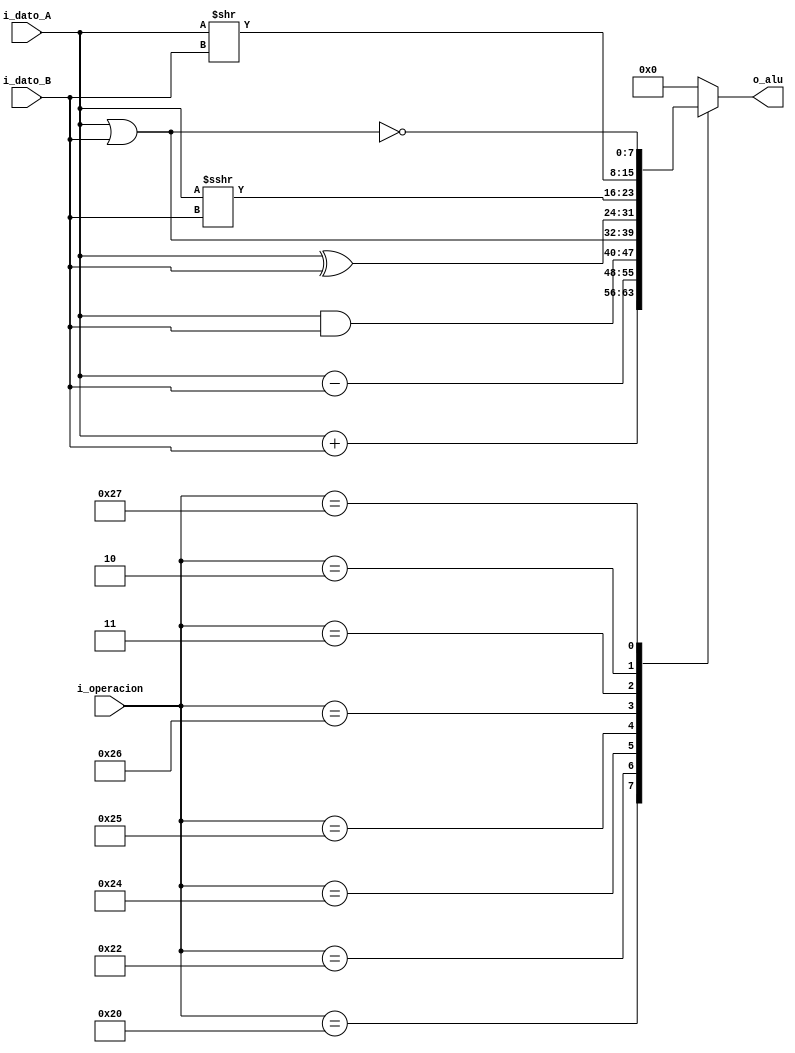
`timescale 1ns / 1ps

module alu#(
	//Parameters
	parameter		N_BITS          = 8
)
(
	//inputs
	input wire [N_BITS-1:0]    i_dato_A,
	input wire [N_BITS-1:0]    i_dato_B,
	input wire [5:0]           i_operacion,
	
	//output
	output reg [N_BITS-1:0]    o_alu
);

    //local parameters	
    localparam ADD = 6'b100000;
    localparam SUB = 6'b100010;
    localparam AND = 6'b100100;
    localparam OR  = 6'b100101;
    localparam XOR = 6'b100110;
    localparam SRA = 6'b000011;
    localparam SRL = 6'b000010;
    localparam NOR = 6'b100111;

    always@(*) begin:alu
               
        case(i_operacion)
        ADD:  o_alu = i_dato_A + i_dato_B;    //suma
        SUB:  o_alu = i_dato_A - i_dato_B;    //resta
        AND:  o_alu = i_dato_A & i_dato_B;    //and
        OR:   o_alu = i_dato_A | i_dato_B;    //or
        XOR:  o_alu = i_dato_A ^ i_dato_B;    //xor
        SRA:  o_alu = i_dato_A >>> i_dato_B;  //SRA (arithmetic): extiende el signo
        SRL:  o_alu = i_dato_A >> i_dato_B;   //SRL (logic): insterta 0
        NOR:  o_alu = ~(i_dato_A | i_dato_B); //nor
        default:    o_alu = {N_BITS{1'b0}};   //default = 0
        endcase
                
    end
    
endmodule